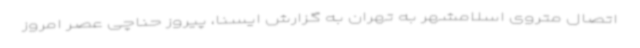
اتصال متروی اسلامشهر به تهران به گزارش ایسنا، پیروز حناچی عصر امروز